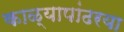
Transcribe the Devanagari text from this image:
काळ्यापांढरया